Newspaper: Daily Democrat and news. [volume]
Place of publication: Davenport, Iowa
Publisher: Maguire, Richardson & Co.
Date: 1860-09-01 00:00:00
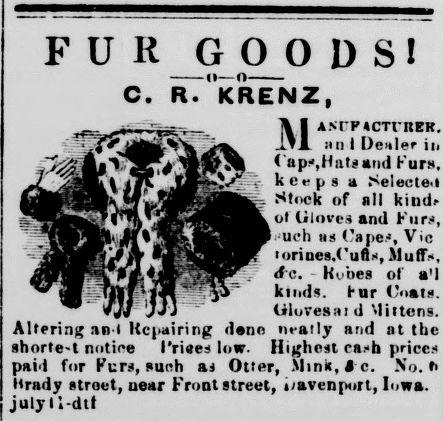
Advertisement text (OCR):
U 0_0 S1 C. R. KRENZ, MAMPACTTNER. .1 n I Dealer il Caps,Hatsand Furs, keeps a Seleute.i Stock of all kind ol tiloves and Furs, uch us Capes, Vic 'orines.Cufls, Muff-, c. Rviies of a'I kinds. Hur Coat tiloresiii 'd it tens. Altering an Repairing dene nearly and nt the shorte-t notice Prides low. Highest rash price paid for Furs, such as Otter, Mink, A e. No. I Hrady street, near Front street, uavenport, Iowa, july ll-dit
Label: illustrations